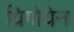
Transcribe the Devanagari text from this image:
य्रिगोयेन